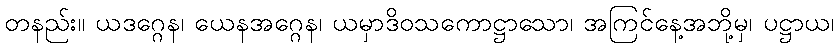
တနည်း။ ယဒဂ္ဂေန၊ ယေနအဂ္ဂေန၊ ယမှာဒိဝသကောဋ္ဌာသော၊ အကြင်နေ့အဘို့မှ၊ ပဋ္ဌာယ၊